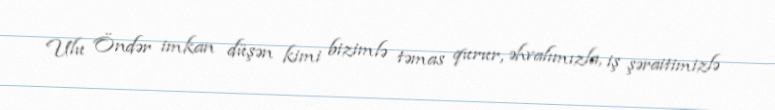
Ulu Öndər imkan düşən kimi bizimlə təmas qurur, əhvalımızla, iş şəraitimizlə